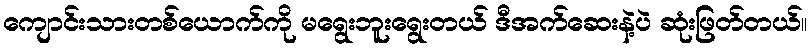
ကျောင်းသားတစ်ယောက်ကို မရွေးဘူးရွေးတယ် ဒီအက်ဆေးနဲ့ပဲ ဆုံးဖြတ်တယ်။